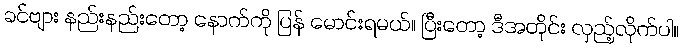
ခင်ဗျား နည်းနည်းတော့ နောက်ကို ပြန် မောင်းရမယ်။ ပြီးတော့ ဒီအတိုင်း လှည့်လိုက်ပါ။